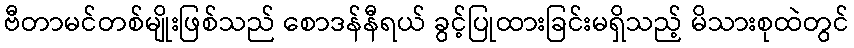
ဗီတာမင်တစ်မျိုးဖြစ်သည် စောဒန်နီရယ် ခွင့်ပြုထားခြင်းမရှိသည့် မိသားစုထဲတွင်